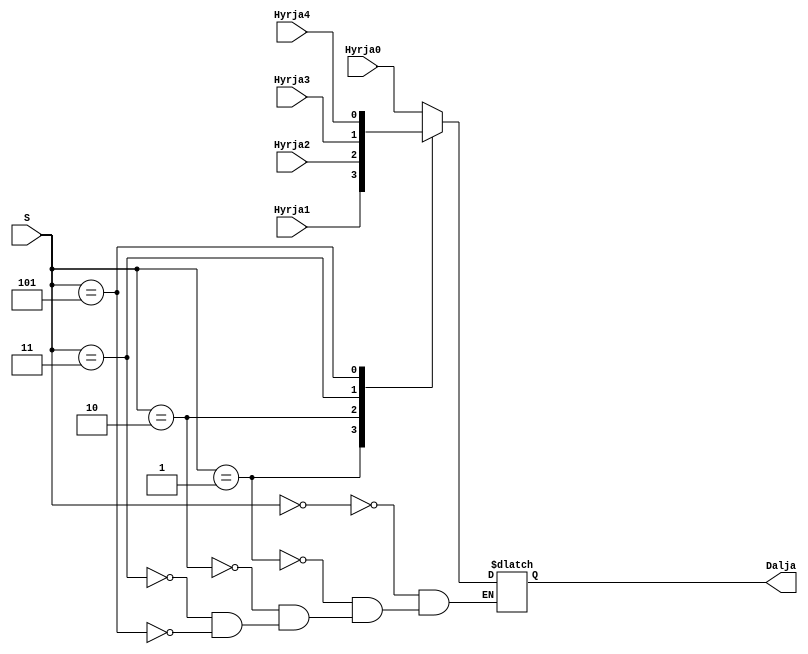
module mux5ne1(
    input Hyrja0,
    input Hyrja1,
    input Hyrja2,
    input Hyrja3,
    input Hyrja4,
    input [2:0] S,
    output reg Dalja
    );    
  
//   assign Dalja = S[2] ? (S[1] ? (S[0] ? Hyrja7 : Hyrja6) : (
//     S[0] ? Hyrja5 : Hyrja4)) : (S[1] ? (S[0] ? Hyrja3 : Hyrja2): (S[0] ? Hyrja1: Hyrja0));

  always @* begin
        case (S)
            3'b000:  Dalja = Hyrja0;
            3'b001:  Dalja = Hyrja1;
            3'b010:  Dalja = Hyrja2;
            3'b011:  Dalja = Hyrja3;
            3'b101:  Dalja = Hyrja4;

        endcase
    end

endmodule